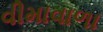
વીમાવાળા